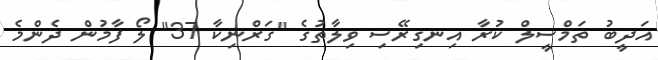
އަދީބު ތަމްސީލް ކުރާ އިނގިރޭސި ވިލާތުގެ "ގަރްނިކާ 37" ލޯ ފާމުން ދެންމެ